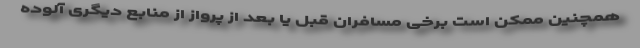
همچنین ممکن است برخی مسافران قبل یا بعد از پرواز از منابع دیگری آلوده